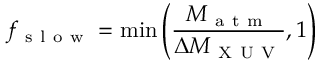
f _ { \mathrm { ~ s ~ l ~ o ~ w ~ } } = \operatorname* { m i n } \left( \frac { M _ { \mathrm { ~ a ~ t ~ m ~ } } } { \Delta M _ { \mathrm { ~ X ~ U ~ V ~ } } } , 1 \right)